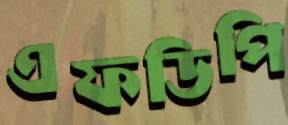
এফডিপি